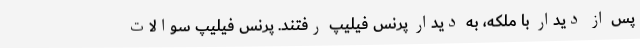
پس از دیدار با ملکه، به دیدار پرنس فیلیپ رفتند. پرنس فیلیپ سوالات